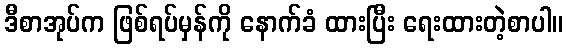
ဒီစာအုပ်က ဖြစ်ရပ်မှန်ကို နောက်ခံ ထားပြီး ရေးထားတဲ့စာပါ။